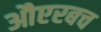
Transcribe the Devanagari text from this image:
औएरबच